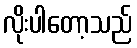
လိုးပါတော့သည်